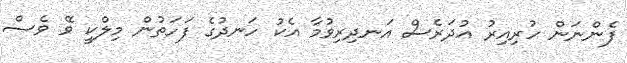
ފެންނަން ހުރިއިރު އުދަރެސް އަނދިރިވުމާ އެކު ހަނދުގެ ފަހަތުން މިލްކީ ވޭ ވެސް